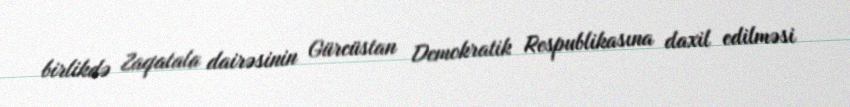
birlikdə Zaqatala dairəsinin Gürcüstan Demokratik Respublikasına daxil edilməsi